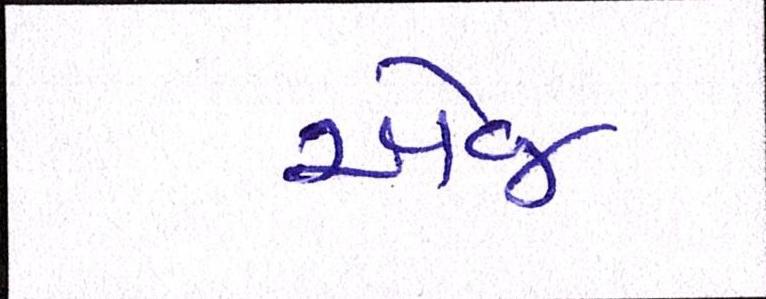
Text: એજ